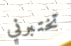
تختبرني